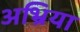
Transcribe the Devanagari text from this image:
अभ्रिया